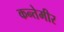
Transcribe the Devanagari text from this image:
कन्तेमीर